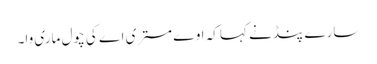
سارے پنڈ نے کہا کہ اوے مستری اے کی چول ماری وا۔